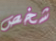
شخص